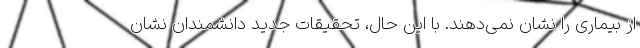
از بیماری را نشان نمی‌دهند. با این حال، تحقیقات جدید دانشمندان نشان